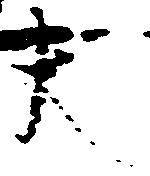
大